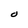
Character: O